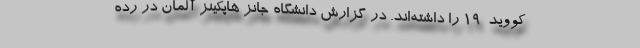
کووید-۱۹ را داشته‌اند. در گزارش دانشگاه جانز هاپکینز آلمان در رده